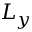
L _ { y }